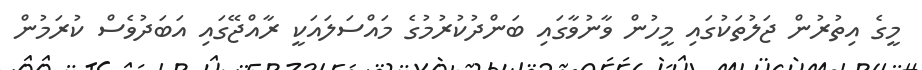
މީގެ އިތުރުން ޖަލުތަކުގައި މީހުން ވާނުވާގައި ބަންދުކުރުމުގެ މައްސަލައަކީ ރާއްޖޭގައި އަބަދުވެސް ކުރަމުން